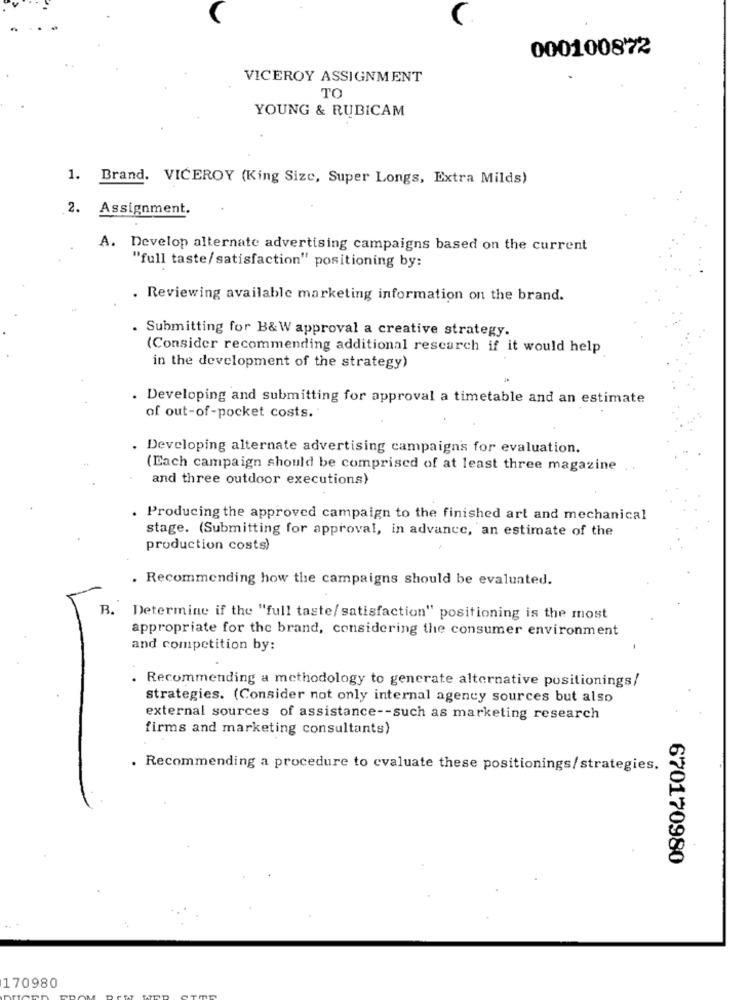
000100872
VICEROY ASSIGNMENT
TO
YOUNG & RUBICAM
1. Brand. VICEROY (King Size, Super Longs, Extra Milds)
2.
Assignment.
A. Develop alternate advertising campaigns based on the current
"full taste/satisfaction" positioning by:
. Reviewing available marketing information on the brand.
. Submitting for B&W approval a creative strategy.
(Consider recommending additional research if it would help
in the development of the strategy)
. Developing and submitting for approval a timetable and an estimate
of out-of -pocket costs.
. Developing alternate advertising campaigns for evaluation.
(Each campaign should be comprised of at least three magazine ..
and three outdoor executions)
. Producing the approved campaign to the finished art and mechanical
stage. (Submitting for approval, in advance, an estimate of the
production costs)
. Recommending how the campaigns should be evaluated.
B.
Determine if the "full taste/ satisfaction" positioning is the most
appropriate for the brand, considering the consumer environment
and competition by:
. Recommending a methodology to generate alternative positionings/
strategies. (Consider not only internal agency sources but also
external sources of assistance -- such as marketing research
firms and marketing consultants)
. Recommending a procedure to evaluate these positionings/strategies.
670170980
170980